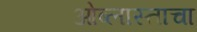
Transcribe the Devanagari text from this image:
ओब्लास्ताचा